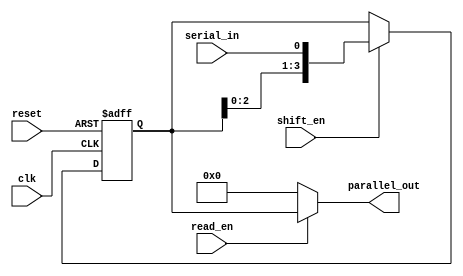
module SIPO_shift_register (
  input wire clk,
  input wire reset,
  input wire shift_en,
  input wire read_en,
  input wire serial_in,
  output reg [3:0] parallel_out
);

reg [3:0] register;

always @(posedge clk or posedge reset) begin
  if (reset) begin
    register <= 4'b0000;
  end else if (shift_en) begin
    register <= {register[2:0], serial_in};
  end
end

always @(*) begin
  if (read_en) begin
    parallel_out = register;
  end else begin
    parallel_out = 4'b0000;
  end
end

endmodule